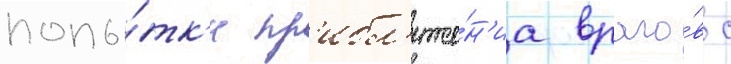
попы́тк'и пр'ибл'иже́н'иа враго́в с